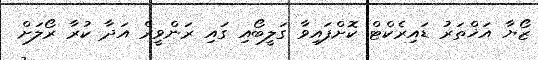
ޒޯޔާ އަޚްތަރު ޑައިރެކްޓް ކޮށްފައިވާ ގަލީބޯއި ގައި ރަންވީރް އަދާ ކުރާ ރޯލަށް